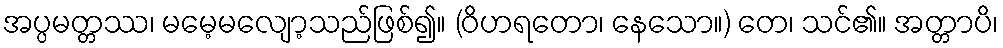
အပ္ပမတ္တဿ၊ မမေ့မလျော့သည်ဖြစ်၍။ (ဝိဟရတော၊ နေသော။) တေ၊ သင်၏။ အတ္တာပိ၊